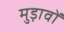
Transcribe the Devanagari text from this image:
मुड़ावों